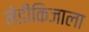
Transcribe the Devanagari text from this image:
मेडीकिजाला